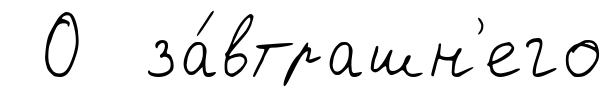
О за́втрашн'его